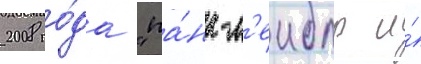
2008 го́да "па́нк-л'еиблы и́